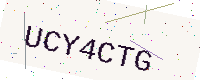
Text: UCY4CTG